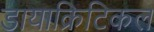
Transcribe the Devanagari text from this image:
डायाक्रिटिकल